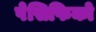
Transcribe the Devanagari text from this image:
पेसिफिको